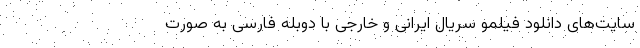
سایت‌های دانلود فیلمو سریال ایرانی و خارجی با دوبله فارسی به صورت